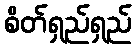
စိတ်ရှည်ရှည်